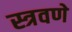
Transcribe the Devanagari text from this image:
स्त्रवणे